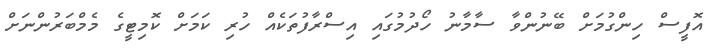
އޮފީސް ހިންގުމަށް ބޭނުންވާ ސާމާނު ހޯދުމުގައި އިސްރާފުތަކެއް ހުރި ކަމަށް ކޮމިޓީގެ މެމްބަރުންނަށް